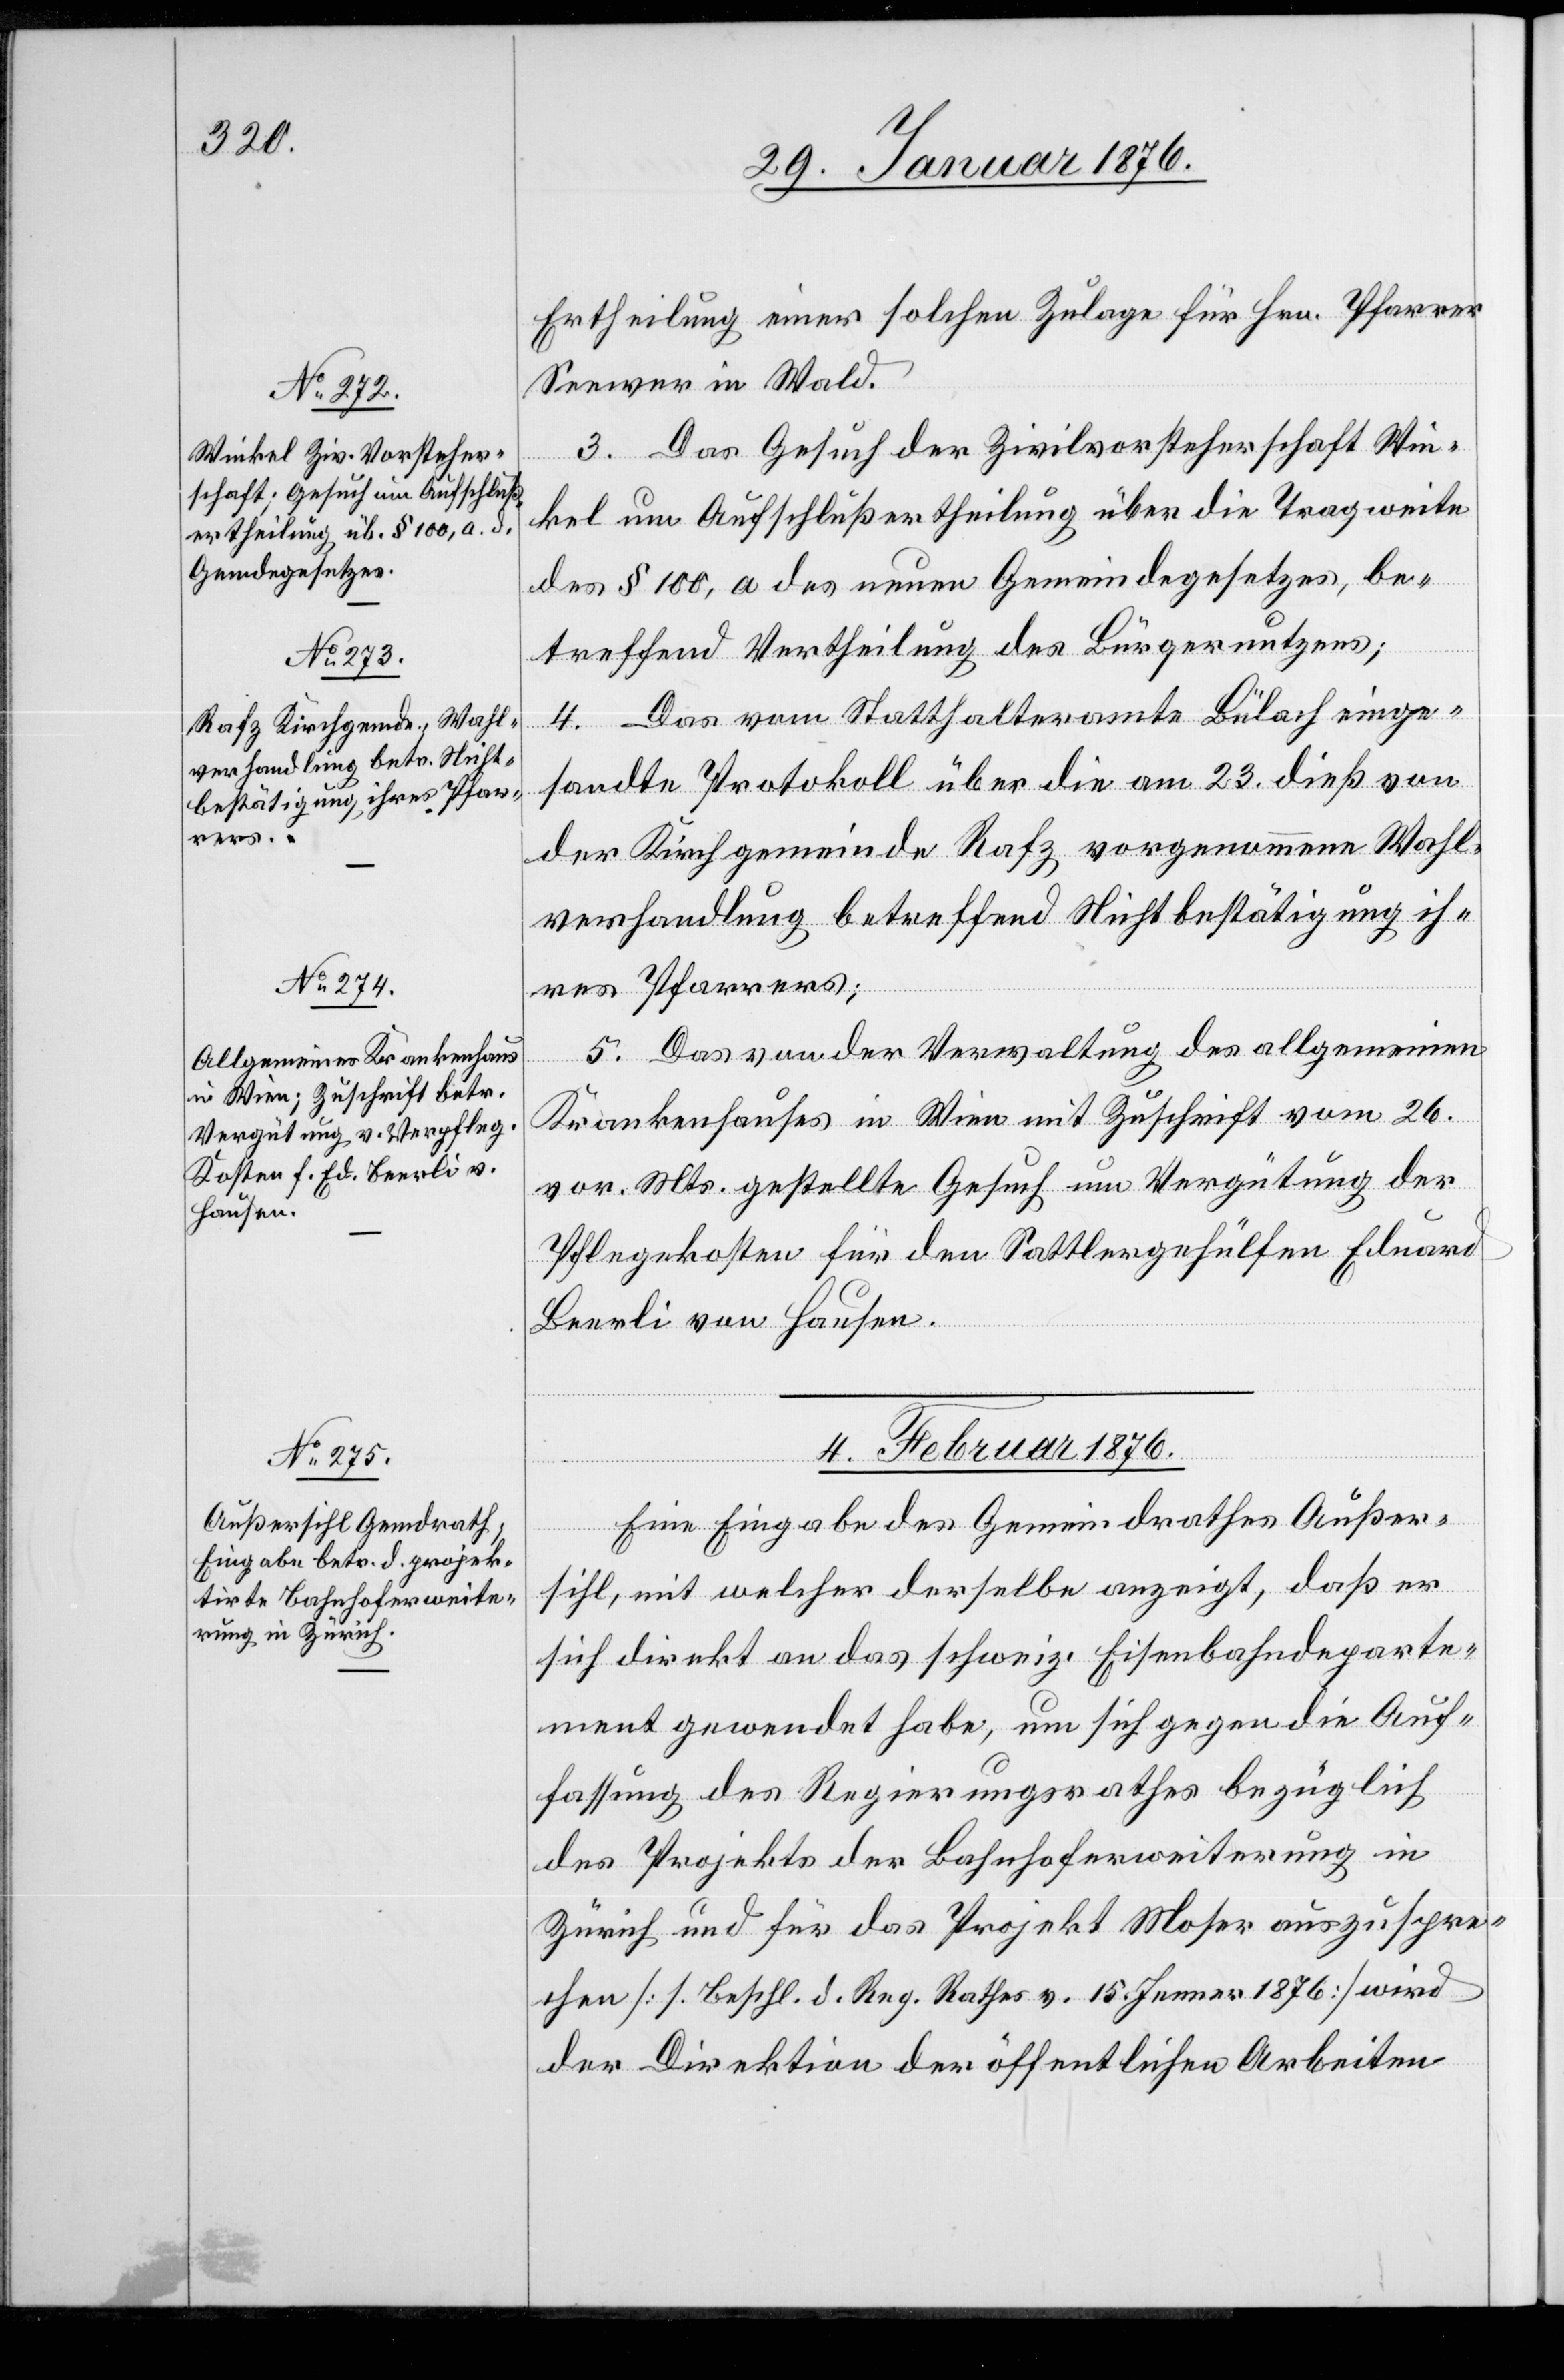
Ertheilung einer solchen Zulage für Hrn. Pfarrer
Seewer in Wald.
3. Das Gesuch der Zivilvorsteherschaft Win¬
kel um Aufschlußertheilung über die Tragweite
des § 100, a des neuen Gemeindegesetzes, be¬
treffend Vertheilung des Bürgernutzens;
4. Das vom Statthalteramt Bülach einge¬
sandte Protokoll über die am 23. dieß von
der Kirchgemeinde Rafz vorgenommenen Wahl¬
versammlung betreffend Nichtbestätigung ih¬
res Pfarrers;
5. Das von der Verwaltung des allgemeinen
Krankenhauses in Wien mit Zuschrift vom 26.
vor. Mts. gestellte Gesuch um Vergütung der
Pflegekosten für den Sattlergehülfen Eduard
Beerli von Hausen.
2. Februar 1876.]